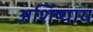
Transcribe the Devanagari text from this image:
अशिष्याय